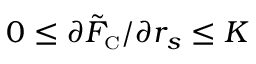
0 \leq \partial \tilde { F } _ { \scriptscriptstyle \mathrm { C } } / \partial r _ { s } \leq K